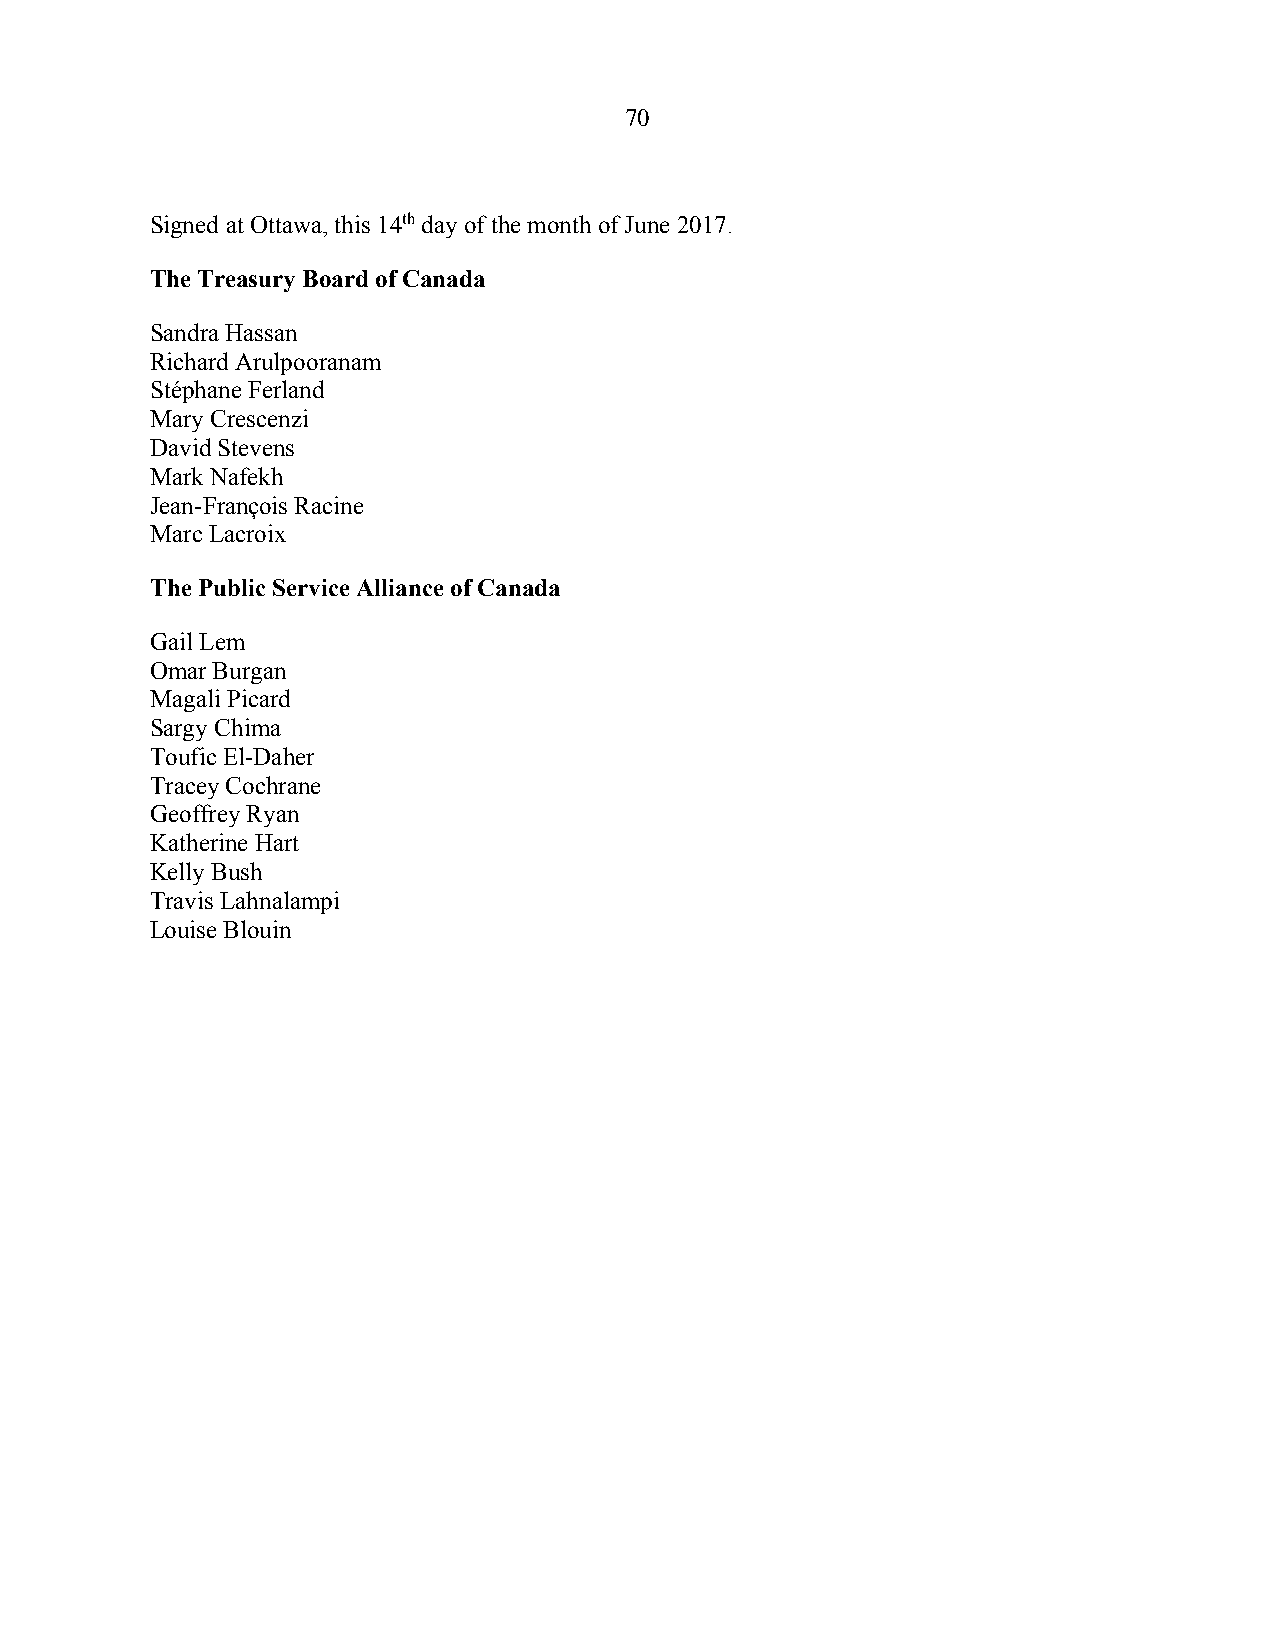
70
 Signed at Ottawa, this 14th day of the month of June 2017.
 The Treasury Board of Canada
 Sandra Hassan
 Richard Arulpooranam
 Stéphane Ferland
 Mary Crescenzi
 David Stevens
 Mark Nafekh
 Jean-François Racine
 Marc Lacroix
 The Public Service Alliance of Canada
 Gail Lem
 Omar Burgan
 Magali Picard
 Sargy Chima
 Toufic El-Daher
 Tracey Cochrane
 Geoffrey Ryan
 Katherine Hart
 Kelly Bush
 Travis Lahnalampi
 Louise Blouin